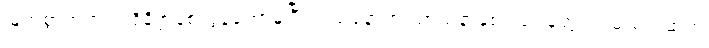
မြတ်စွာဘုရား ပရိနိဗ္ဗာန်စံလွန်တော်မူပြီးသည်နောက် သာသနာနှစ် ၁၅၇ခုတွင် ရှမ်းမင်းဆက်